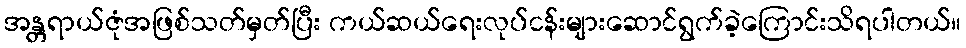
အန္တရာယ်ဇုံအဖြစ်သတ်မှတ်ပြီး ကယ်ဆယ်ရေးလုပ်ငန်းများဆောင်ရွက်ခဲ့ကြောင်းသိရပါတယ်။